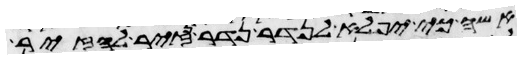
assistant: אשה כי יפלא לנדר נדר נזיר להזיר